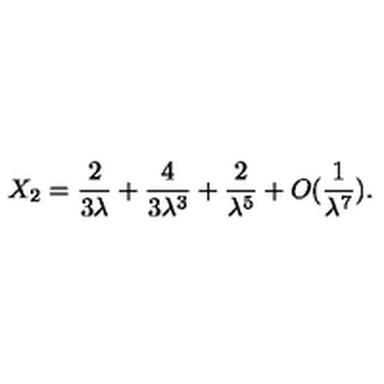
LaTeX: X _ { 2 } = { \frac { 2 } { 3 \lambda } } + { \frac { 4 } { 3 \lambda ^ { 3 } } } + { \frac { 2 } { \lambda ^ { 5 } } } + O ( { \frac { 1 } { \lambda ^ { 7 } } } ) .